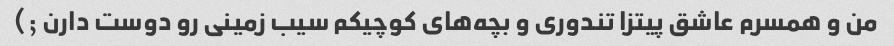
من و همسرم عاشق پیتزا تندوری و بچه‌های کوچیکم سیب زمینی رو دوست دارن ;)